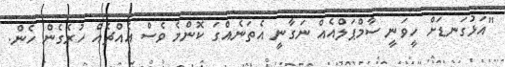
"އަޅުގަނޑަށް ހީވަނީ ސާމްޕަލްއެއް ނަގާނީ އެތަނެއްގަ ކޮންމެ ވެސް އެއްޗެއް ހުރެގެން ހެން.